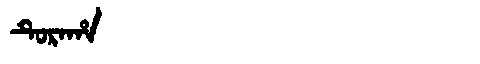
Manchu: ᡨᡠᡵᠠᡥᠠ
Romanization: TURAHA